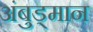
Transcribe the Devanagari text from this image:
अंबुड्मान